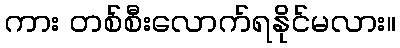
ကား တစ်စီးလောက်ရနိုင်မလား။